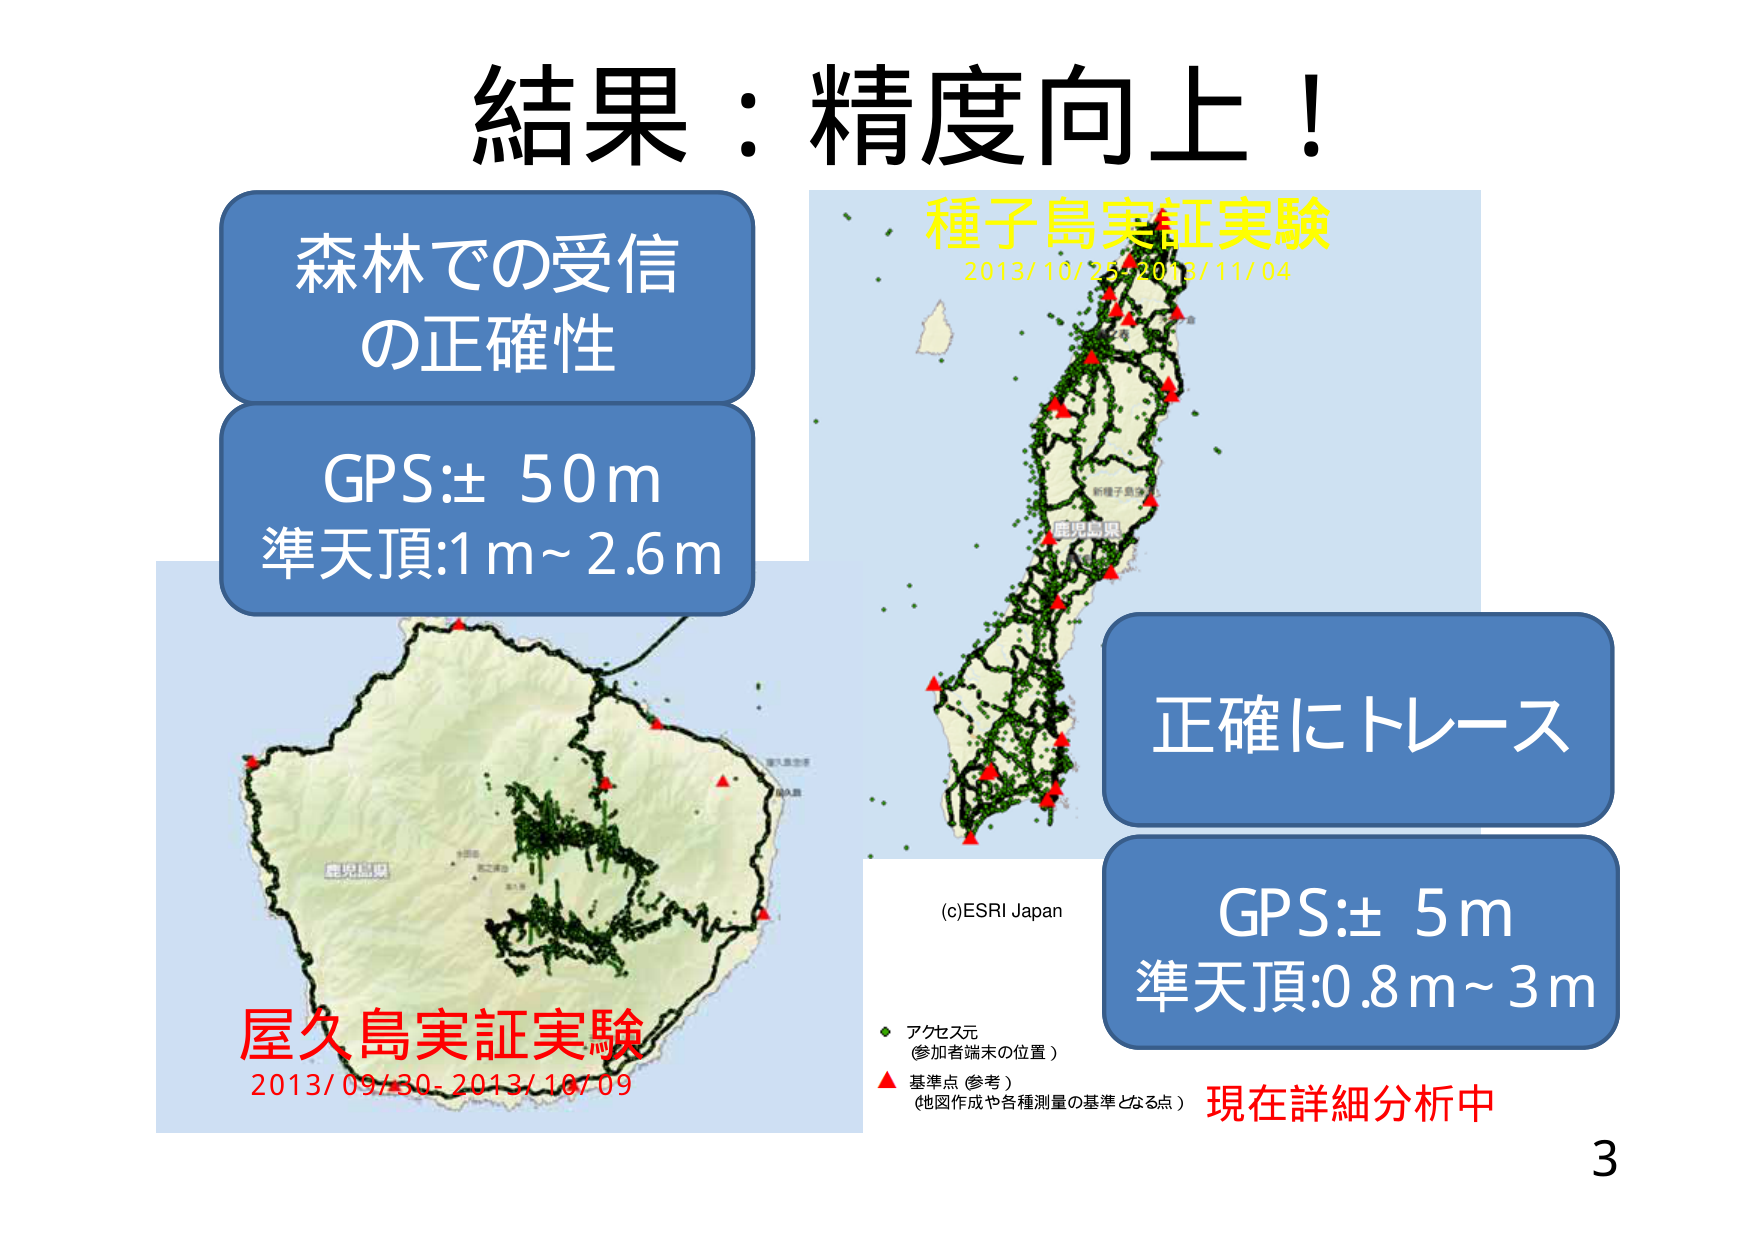
結果：精度向上！

森林での受信
の正確性

GPS:± 50m
準天頂:1m~2.6m

種子島実証実験
2013/10/25-2013/11/04

屋久島実証実験
2013/09/30-2013/10/09

正確にトレース

GPS:± 5m
準天頂:0.8m~3m

(c)ESRI Japan

アクセス元
(参加者端末の位置)

基準点 (参考)
(地図作成や各種測量の基準となる点)

現在詳細分析中

3